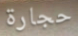
حجارة